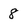
Character: 8